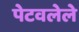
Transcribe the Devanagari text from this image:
पेटवलेले